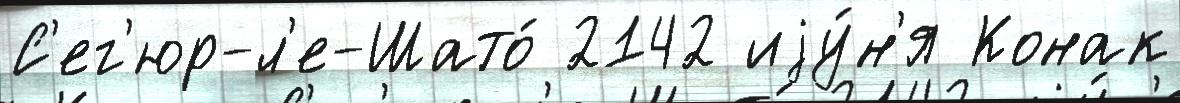
С'ег'юр-л'е-Шато́ 2142 иjу́н'я Конак